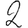
Digit: 2